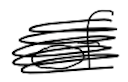
Text: of
Cross-out: scratch
Writing tool: digital_black